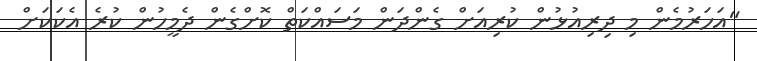
"އަހަރުމެން މި ދިރިއުޅުން ކުރިއަށް ގެންދަން މަސައްކަތް ކޮށްގެން ދެމީހުން ކުރެ އެކަކަށް